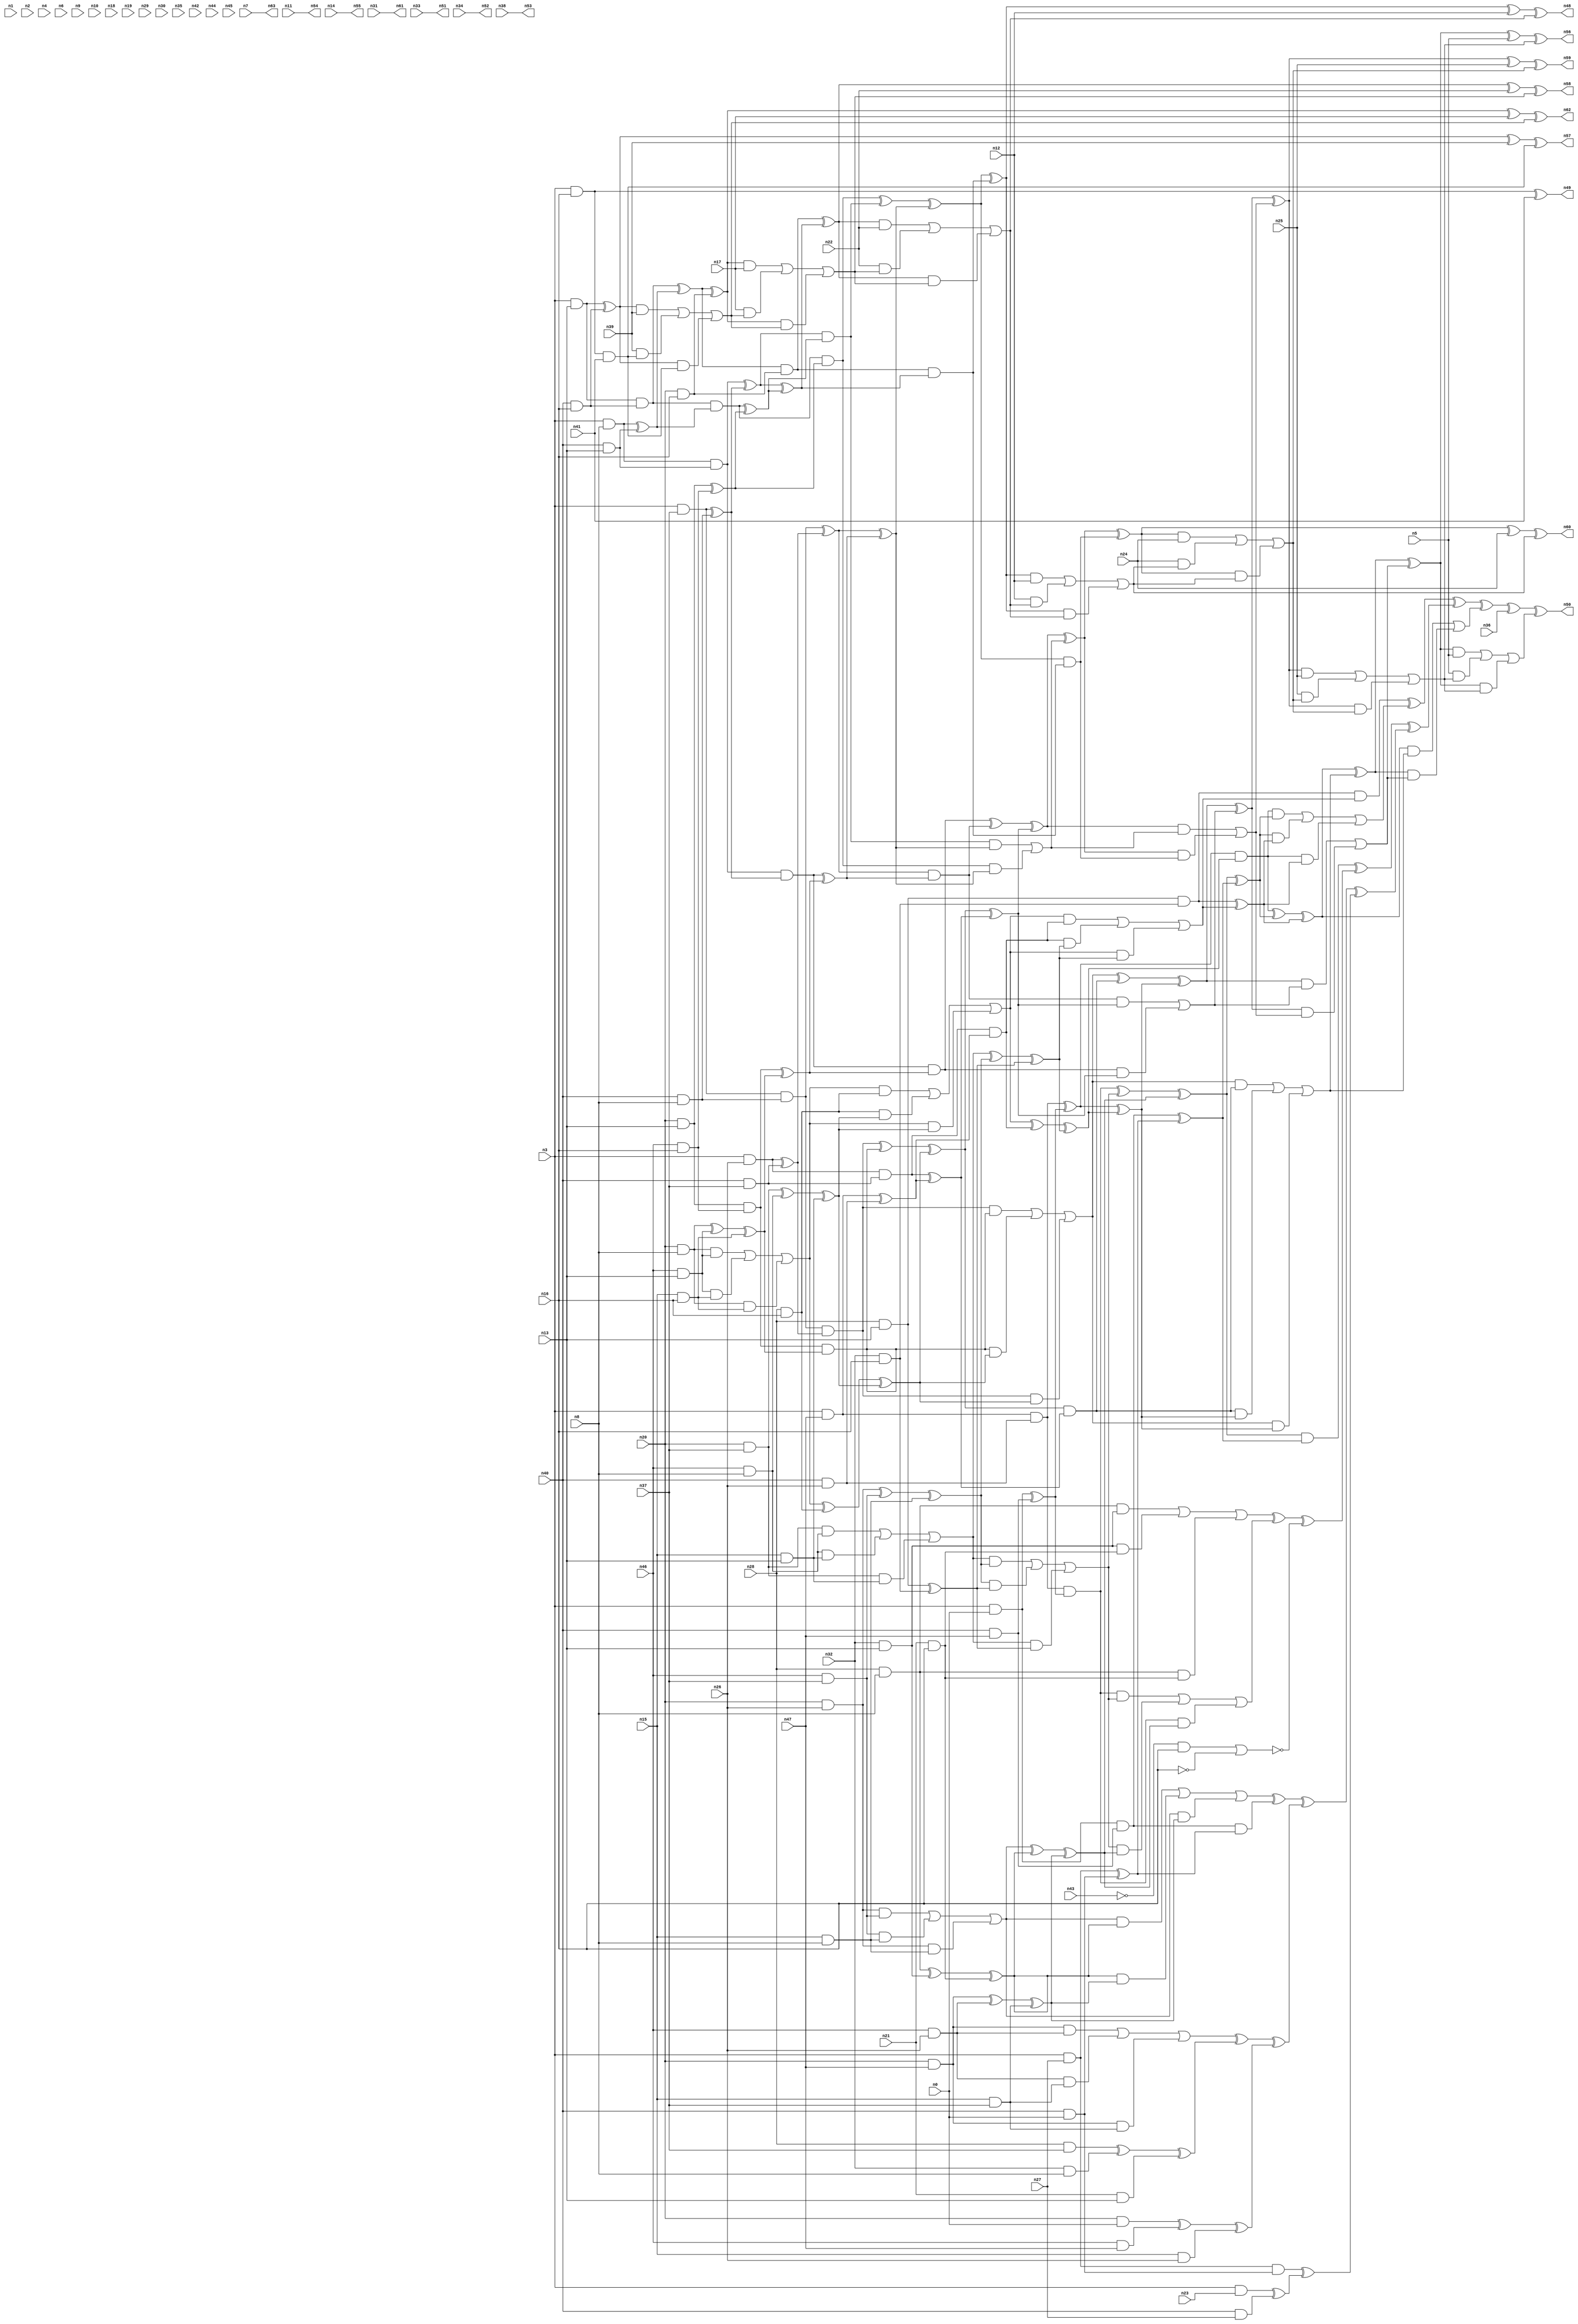
//
// Conformal-LEC Version 16.10-d222 ( 09-Sep-2016 ) ( 64 bit executable )
//
module test ( n0 , n1 , n2 , n3 , n4 , n5 , n6 , n7 , n8 , n9 , n10 , n11 , n12 , n13 , n14 , n15 , n16 , n17 , n18 , n19 , n20 , n21 , n22 , n23 , n24 , n25 , n26 , n27 , n28 , n29 , n30 , n31 , n32 , n33 , n34 , n35 , n36 , n37 , n38 , n39 , n40 , n41 , n42 , n43 , n44 , n45 , n46 , n47 , n48 , n49 , n50 , n51 , n52 , n53 , n54 , n55 , n56 , n57 , n58 , n59 , n60 , n61 , n62 , n63 );
input n0 , n1 , n2 , n3 , n4 , n5 , n6 , n7 , n8 , n9 , n10 , n11 , n12 , n13 , n14 , n15 , n16 , n17 , n18 , n19 , n20 , n21 , n22 , n23 , n24 , n25 , n26 , n27 , n28 , n29 , n30 , n31 , n32 , n33 , n34 , n35 , n36 , n37 , n38 , n39 , n40 , n41 , n42 , n43 , n44 , n45 , n46 , n47 ;
output n48 , n49 , n50 , n51 , n52 , n53 , n54 , n55 , n56 , n57 , n58 , n59 , n60 , n61 , n62 , n63 ;

wire n128 , n129 , n130 , n131 , n132 , n133 , n134 , n135 , n136 , 
     n137 , n138 , n139 , n140 , n141 , n142 , n143 , n144 , n145 , n146 , 
     n147 , n148 , n149 , n150 , n151 , n152 , n153 , n154 , n155 , n156 , 
     n157 , n158 , n159 , n160 , n161 , n162 , n163 , n164 , n165 , n166 , 
     n167 , n168 , n169 , n170 , n171 , n172 , n173 , n174 , n175 , n176 , 
     n177 , n178 , n179 , n180 , n181 , n182 , n183 , n184 , n185 , n186 , 
     n187 , n188 , n189 , n190 , n191 , n192 , n193 , n194 , n195 , n196 , 
     n197 , n198 , n199 , n200 , n201 , n202 , n203 , n204 , n205 , n206 , 
     n207 , n208 , n209 , n210 , n211 , n212 , n213 , n214 , n215 , n216 , 
     n217 , n218 , n219 , n220 , n221 , n222 , n223 , n224 , n225 , n226 , 
     n227 , n228 , n229 , n230 , n231 , n232 , n233 , n234 , n235 , n236 , 
     n237 , n238 , n239 , n240 , n241 , n242 , n243 , n244 , n245 , n246 , 
     n247 , n248 , n249 , n250 , n251 , n252 , n253 , n254 , n255 , n256 , 
     n257 , n258 , n259 , n260 , n261 , n262 , n263 , n264 , n265 , n266 , 
     n267 , n268 , n269 , n270 , n271 , n272 , n273 , n274 , n275 , n276 , 
     n277 , n278 , n279 , n280 , n281 , n282 , n283 , n284 , n285 , n286 , 
     n287 , n288 , n289 , n290 , n291 , n292 , n293 , n294 , n295 , n296 , 
     n297 , n298 , n299 , n300 , n301 , n302 , n303 , n304 , n305 , n306 , 
     n307 , n308 , n309 , n310 , n311 , n312 , n313 , n314 , n315 , n316 , 
     n317 , n318 , n319 , n320 , n321 , n322 , n323 , n324 , n325 , n326 , 
     n327 , n328 , n329 , n330 , n331 , n332 , n333 , n334 , n335 , n336 , 
     n337 , n338 , n339 , n340 , n341 , n342 , n343 , n344 , n345 , n346 , 
     n347 , n348 , n349 , n350 , n351 , n352 , n353 , n354 , n355 , n356 , 
     n357 , n358 , n359 , n360 , n361 , n362 , n363 , n364 , n365 , n366 , 
     n367 , n368 , n369 , n370 , n371 , n372 , n373 , n374 , n375 , n376 , 
     n377 , n378 , n379 , n380 , n381 , n382 , n383 , n384 , n385 , n386 , 
     n387 , n388 , n389 , n390 , n391 , n392 , n393 , n394 , n395 , n396 , 
     n397 , n398 , n399 , n400 , n401 , n402 , n403 , n404 , n405 , n406 , 
     n407 , n408 , n409 , n410 , n411 , n412 , n413 , n414 , n415 , n416 , 
     n417 , n418 , n419 , n420 , n421 , n422 , n423 , n424 , n425 , n426 , 
     n427 , n428 , n429 , n430 , n431 , n432 , n433 , n434 , n435 , n436 , 
     n437 , n438 , n439 , n440 , n441 , n442 , n443 , n444 , n445 , n446 , 
     n447 , n448 , n449 , n450 , n451 , n452 , n453 , n454 , n455 , n456 , 
     n457 , n458 , n459 , n460 , n461 , n462 , n463 , n464 , n465 , n466 , 
     n467 , n468 , n469 , n470 , n471 , n472 , n473 , n474 , n475 , n476 , 
     n477 , n478 , n479 , n480 , n481 , n482 , n483 , n484 , n485 , n486 , 
     n487 , n488 , n489 , n490 , n491 , n492 , n493 , n494 , n495 , n496 , 
     n497 , n498 , n499 , n500 , n501 , n502 , n503 , n504 , n505 , n506 , 
     n507 , n508 , n509 , n510 , n511 , n512 , n513 , n514 , n515 , n516 , 
     n517 , n518 , n519 , n520 , n521 , n522 , n523 , n524 , n525 , n526 , 
     n527 , n528 , n529 , n530 , n531 , n532 , n533 , n534 , n535 , n536 , 
     n537 , n538 , n539 , n540 , n541 , n542 , n543 , n544 , n545 , n546 , 
     n547 , n548 , n549 , n550 , n551 , n552 , n553 , n554 , n555 , n556 , 
     n557 , n558 , n559 , n560 , n561 , n562 , n563 ;
buf ( n50 , n525 );
buf ( n56 , n529 );
buf ( n59 , n533 );
buf ( n60 , n537 );
buf ( n48 , n541 );
buf ( n58 , n545 );
buf ( n62 , n549 );
buf ( n57 , n553 );
buf ( n49 , n556 );
buf ( n53 , n557 );
buf ( n63 , n558 );
buf ( n55 , n559 );
buf ( n52 , n560 );
buf ( n54 , n561 );
buf ( n51 , n562 );
buf ( n61 , n563 );
buf ( n132 , n43 );
buf ( n133 , n21 );
buf ( n134 , n32 );
buf ( n135 , n28 );
buf ( n136 , n15 );
buf ( n137 , n46 );
buf ( n138 , n20 );
buf ( n139 , n40 );
buf ( n140 , n3 );
buf ( n141 , n23 );
buf ( n142 , n27 );
buf ( n143 , n0 );
buf ( n144 , n47 );
buf ( n145 , n26 );
buf ( n146 , n37 );
buf ( n147 , n8 );
buf ( n148 , n13 );
buf ( n149 , n16 );
buf ( n150 , n36 );
buf ( n151 , n5 );
buf ( n152 , n25 );
buf ( n153 , n24 );
buf ( n154 , n12 );
buf ( n155 , n22 );
buf ( n156 , n17 );
buf ( n157 , n39 );
buf ( n158 , n41 );
buf ( n159 , n38 );
buf ( n160 , n7 );
buf ( n161 , n14 );
buf ( n162 , n34 );
buf ( n163 , n11 );
buf ( n164 , n33 );
buf ( n165 , n31 );
buf ( n166 , n135 );
buf ( n167 , n148 );
and ( n168 , n166 , n167 );
buf ( n169 , n134 );
buf ( n170 , n149 );
and ( n171 , n169 , n170 );
and ( n172 , n168 , n171 );
buf ( n173 , n138 );
buf ( n174 , n147 );
and ( n175 , n173 , n174 );
buf ( n176 , n137 );
and ( n177 , n176 , n167 );
and ( n178 , n175 , n177 );
buf ( n179 , n136 );
and ( n180 , n179 , n170 );
and ( n181 , n177 , n180 );
and ( n182 , n175 , n180 );
or ( n183 , n178 , n181 , n182 );
and ( n184 , n166 , n170 );
and ( n185 , n183 , n184 );
buf ( n186 , n146 );
and ( n187 , n173 , n186 );
and ( n188 , n176 , n174 );
xor ( n189 , n187 , n188 );
and ( n190 , n179 , n167 );
xor ( n191 , n189 , n190 );
and ( n192 , n184 , n191 );
and ( n193 , n183 , n191 );
or ( n194 , n185 , n192 , n193 );
buf ( n195 , n140 );
buf ( n196 , n145 );
and ( n197 , n195 , n196 );
buf ( n198 , n139 );
and ( n199 , n198 , n186 );
and ( n200 , n197 , n199 );
buf ( n201 , n200 );
buf ( n202 , n144 );
and ( n203 , n195 , n202 );
buf ( n204 , n203 );
and ( n205 , n198 , n196 );
xor ( n206 , n204 , n205 );
and ( n207 , n201 , n206 );
buf ( n208 , n207 );
and ( n209 , n194 , n208 );
and ( n210 , n187 , n188 );
and ( n211 , n188 , n190 );
and ( n212 , n187 , n190 );
or ( n213 , n210 , n211 , n212 );
and ( n214 , n173 , n196 );
and ( n215 , n176 , n186 );
xor ( n216 , n214 , n215 );
and ( n217 , n179 , n174 );
xor ( n218 , n216 , n217 );
xor ( n219 , n213 , n218 );
xor ( n220 , n168 , n171 );
xor ( n221 , n219 , n220 );
and ( n222 , n208 , n221 );
and ( n223 , n194 , n221 );
or ( n224 , n209 , n222 , n223 );
and ( n225 , n172 , n224 );
and ( n226 , n203 , n205 );
buf ( n227 , n226 );
buf ( n228 , n227 );
buf ( n229 , n143 );
and ( n230 , n195 , n229 );
buf ( n231 , n230 );
and ( n232 , n198 , n202 );
xor ( n233 , n231 , n232 );
xor ( n234 , n228 , n233 );
buf ( n235 , n234 );
buf ( n236 , n235 );
xor ( n237 , n194 , n208 );
xor ( n238 , n237 , n221 );
and ( n239 , n236 , n238 );
buf ( n240 , n239 );
and ( n241 , n227 , n233 );
buf ( n242 , n241 );
and ( n243 , n213 , n218 );
and ( n244 , n218 , n220 );
and ( n245 , n213 , n220 );
or ( n246 , n243 , n244 , n245 );
xor ( n247 , n242 , n246 );
and ( n248 , n214 , n215 );
and ( n249 , n215 , n217 );
and ( n250 , n214 , n217 );
or ( n251 , n248 , n249 , n250 );
and ( n252 , n166 , n174 );
and ( n253 , n169 , n167 );
xor ( n254 , n252 , n253 );
buf ( n255 , n133 );
and ( n256 , n255 , n170 );
xor ( n257 , n254 , n256 );
xor ( n258 , n251 , n257 );
and ( n259 , n173 , n202 );
and ( n260 , n176 , n196 );
xor ( n261 , n259 , n260 );
and ( n262 , n179 , n186 );
xor ( n263 , n261 , n262 );
xor ( n264 , n258 , n263 );
xor ( n265 , n247 , n264 );
buf ( n266 , n265 );
and ( n267 , n230 , n232 );
buf ( n268 , n267 );
buf ( n269 , n268 );
buf ( n270 , n142 );
and ( n271 , n195 , n270 );
buf ( n272 , n271 );
and ( n273 , n198 , n229 );
xor ( n274 , n272 , n273 );
xor ( n275 , n269 , n274 );
buf ( n276 , n275 );
buf ( n277 , n276 );
xor ( n278 , n266 , n277 );
and ( n279 , n240 , n278 );
xor ( n280 , n172 , n224 );
and ( n281 , n278 , n280 );
and ( n282 , n240 , n280 );
or ( n283 , n279 , n281 , n282 );
xor ( n284 , n225 , n283 );
and ( n285 , n265 , n277 );
buf ( n286 , n285 );
and ( n287 , n252 , n253 );
and ( n288 , n253 , n256 );
and ( n289 , n252 , n256 );
or ( n290 , n287 , n288 , n289 );
and ( n291 , n242 , n246 );
and ( n292 , n246 , n264 );
and ( n293 , n242 , n264 );
or ( n294 , n291 , n292 , n293 );
xor ( n295 , n290 , n294 );
buf ( n296 , n132 );
not ( n297 , n296 );
and ( n298 , n297 , n170 );
not ( n299 , n170 );
nor ( n300 , n298 , n299 );
xor ( n301 , n295 , n300 );
xor ( n302 , n286 , n301 );
and ( n303 , n251 , n257 );
and ( n304 , n257 , n263 );
and ( n305 , n251 , n263 );
or ( n306 , n303 , n304 , n305 );
and ( n307 , n268 , n274 );
buf ( n308 , n307 );
xor ( n309 , n306 , n308 );
and ( n310 , n259 , n260 );
and ( n311 , n260 , n262 );
and ( n312 , n259 , n262 );
or ( n313 , n310 , n311 , n312 );
and ( n314 , n166 , n186 );
and ( n315 , n169 , n174 );
xor ( n316 , n314 , n315 );
and ( n317 , n255 , n167 );
xor ( n318 , n316 , n317 );
xor ( n319 , n313 , n318 );
and ( n320 , n173 , n229 );
and ( n321 , n176 , n202 );
xor ( n322 , n320 , n321 );
and ( n323 , n179 , n196 );
xor ( n324 , n322 , n323 );
xor ( n325 , n319 , n324 );
xor ( n326 , n309 , n325 );
buf ( n327 , n326 );
and ( n328 , n271 , n273 );
buf ( n329 , n328 );
buf ( n330 , n329 );
buf ( n331 , n141 );
and ( n332 , n195 , n331 );
buf ( n333 , n332 );
and ( n334 , n198 , n270 );
xor ( n335 , n333 , n334 );
xor ( n336 , n330 , n335 );
buf ( n337 , n336 );
buf ( n338 , n337 );
xor ( n339 , n327 , n338 );
xor ( n340 , n302 , n339 );
xor ( n341 , n284 , n340 );
xor ( n342 , n240 , n278 );
xor ( n343 , n342 , n280 );
and ( n344 , n195 , n186 );
and ( n345 , n198 , n174 );
and ( n346 , n344 , n345 );
buf ( n347 , n346 );
buf ( n348 , n197 );
xor ( n349 , n348 , n199 );
and ( n350 , n347 , n349 );
buf ( n351 , n350 );
and ( n352 , n173 , n167 );
and ( n353 , n176 , n170 );
and ( n354 , n352 , n353 );
xor ( n355 , n175 , n177 );
xor ( n356 , n355 , n180 );
and ( n357 , n354 , n356 );
and ( n358 , n351 , n357 );
xor ( n359 , n183 , n184 );
xor ( n360 , n359 , n191 );
and ( n361 , n357 , n360 );
and ( n362 , n351 , n360 );
or ( n363 , n358 , n361 , n362 );
xor ( n364 , n351 , n357 );
xor ( n365 , n364 , n360 );
buf ( n366 , n201 );
xor ( n367 , n366 , n206 );
buf ( n368 , n367 );
buf ( n369 , n368 );
and ( n370 , n365 , n369 );
buf ( n371 , n370 );
and ( n372 , n363 , n371 );
buf ( n373 , n236 );
xor ( n374 , n373 , n238 );
and ( n375 , n371 , n374 );
and ( n376 , n363 , n374 );
or ( n377 , n372 , n375 , n376 );
and ( n378 , n343 , n377 );
xor ( n379 , n343 , n377 );
xor ( n380 , n363 , n371 );
xor ( n381 , n380 , n374 );
buf ( n382 , n347 );
xor ( n383 , n382 , n349 );
buf ( n384 , n383 );
buf ( n385 , n384 );
and ( n386 , n195 , n174 );
and ( n387 , n198 , n167 );
and ( n388 , n386 , n387 );
buf ( n389 , n388 );
buf ( n390 , n344 );
xor ( n391 , n390 , n345 );
and ( n392 , n389 , n391 );
buf ( n393 , n392 );
xor ( n394 , n354 , n356 );
xor ( n395 , n393 , n394 );
and ( n396 , n385 , n395 );
buf ( n397 , n396 );
buf ( n398 , n365 );
xor ( n399 , n398 , n369 );
and ( n400 , n397 , n399 );
and ( n401 , n393 , n394 );
and ( n402 , n401 , n399 );
or ( n403 , 1'b0 , n400 , n402 );
and ( n404 , n381 , n403 );
xor ( n405 , n381 , n403 );
xor ( n406 , n401 , n397 );
xor ( n407 , n406 , n399 );
buf ( n408 , n389 );
xor ( n409 , n408 , n391 );
buf ( n410 , n409 );
and ( n411 , n195 , n167 );
and ( n412 , n198 , n170 );
and ( n413 , n411 , n412 );
buf ( n414 , n413 );
buf ( n415 , n386 );
xor ( n416 , n415 , n387 );
and ( n417 , n414 , n416 );
buf ( n418 , n417 );
xor ( n419 , n352 , n353 );
xor ( n420 , n418 , n419 );
and ( n421 , n410 , n420 );
buf ( n422 , n421 );
buf ( n423 , n385 );
xor ( n424 , n423 , n395 );
and ( n425 , n422 , n424 );
and ( n426 , n418 , n419 );
and ( n427 , n426 , n424 );
or ( n428 , 1'b0 , n425 , n427 );
and ( n429 , n407 , n428 );
xor ( n430 , n407 , n428 );
xor ( n431 , n426 , n422 );
xor ( n432 , n431 , n424 );
buf ( n433 , n414 );
xor ( n434 , n433 , n416 );
buf ( n435 , n434 );
buf ( n436 , n435 );
and ( n437 , n173 , n170 );
buf ( n438 , n437 );
and ( n439 , n436 , n438 );
buf ( n440 , n439 );
buf ( n441 , n410 );
xor ( n442 , n441 , n420 );
and ( n443 , n440 , n442 );
buf ( n444 , n443 );
and ( n445 , n432 , n444 );
buf ( n446 , n445 );
and ( n447 , n430 , n446 );
or ( n448 , n429 , n447 );
and ( n449 , n405 , n448 );
or ( n450 , n404 , n449 );
and ( n451 , n379 , n450 );
or ( n452 , n378 , n451 );
xor ( n453 , n341 , n452 );
buf ( n454 , n453 );
buf ( n455 , n454 );
buf ( n456 , n150 );
xor ( n457 , n455 , n456 );
xor ( n458 , n379 , n450 );
buf ( n459 , n458 );
buf ( n460 , n459 );
buf ( n461 , n151 );
and ( n462 , n460 , n461 );
xor ( n463 , n405 , n448 );
buf ( n464 , n463 );
buf ( n465 , n464 );
buf ( n466 , n152 );
and ( n467 , n465 , n466 );
xor ( n468 , n430 , n446 );
buf ( n469 , n468 );
buf ( n470 , n469 );
buf ( n471 , n153 );
and ( n472 , n470 , n471 );
xor ( n473 , n432 , n444 );
buf ( n474 , n473 );
buf ( n475 , n474 );
buf ( n476 , n154 );
and ( n477 , n475 , n476 );
buf ( n478 , n440 );
xor ( n479 , n478 , n442 );
buf ( n480 , n479 );
buf ( n481 , n480 );
buf ( n482 , n155 );
and ( n483 , n481 , n482 );
buf ( n484 , n436 );
xor ( n485 , n484 , n438 );
buf ( n486 , n485 );
buf ( n487 , n486 );
buf ( n488 , n156 );
and ( n489 , n487 , n488 );
buf ( n490 , n411 );
xor ( n491 , n490 , n412 );
buf ( n492 , n491 );
buf ( n493 , n492 );
buf ( n494 , n157 );
and ( n495 , n493 , n494 );
and ( n496 , n195 , n170 );
buf ( n497 , n496 );
buf ( n498 , n497 );
buf ( n499 , n158 );
and ( n500 , n498 , n499 );
buf ( n501 , n500 );
and ( n502 , n494 , n501 );
and ( n503 , n493 , n501 );
or ( n504 , n495 , n502 , n503 );
and ( n505 , n488 , n504 );
and ( n506 , n487 , n504 );
or ( n507 , n489 , n505 , n506 );
and ( n508 , n482 , n507 );
and ( n509 , n481 , n507 );
or ( n510 , n483 , n508 , n509 );
and ( n511 , n476 , n510 );
and ( n512 , n475 , n510 );
or ( n513 , n477 , n511 , n512 );
and ( n514 , n471 , n513 );
and ( n515 , n470 , n513 );
or ( n516 , n472 , n514 , n515 );
and ( n517 , n466 , n516 );
and ( n518 , n465 , n516 );
or ( n519 , n467 , n517 , n518 );
and ( n520 , n461 , n519 );
and ( n521 , n460 , n519 );
or ( n522 , n462 , n520 , n521 );
xor ( n523 , n457 , n522 );
buf ( n524 , n523 );
buf ( n525 , n524 );
xor ( n526 , n460 , n461 );
xor ( n527 , n526 , n519 );
buf ( n528 , n527 );
buf ( n529 , n528 );
xor ( n530 , n465 , n466 );
xor ( n531 , n530 , n516 );
buf ( n532 , n531 );
buf ( n533 , n532 );
xor ( n534 , n470 , n471 );
xor ( n535 , n534 , n513 );
buf ( n536 , n535 );
buf ( n537 , n536 );
xor ( n538 , n475 , n476 );
xor ( n539 , n538 , n510 );
buf ( n540 , n539 );
buf ( n541 , n540 );
xor ( n542 , n481 , n482 );
xor ( n543 , n542 , n507 );
buf ( n544 , n543 );
buf ( n545 , n544 );
xor ( n546 , n487 , n488 );
xor ( n547 , n546 , n504 );
buf ( n548 , n547 );
buf ( n549 , n548 );
xor ( n550 , n493 , n494 );
xor ( n551 , n550 , n501 );
buf ( n552 , n551 );
buf ( n553 , n552 );
xor ( n554 , n498 , n499 );
buf ( n555 , n554 );
buf ( n556 , n555 );
buf ( n557 , n159 );
buf ( n558 , n160 );
buf ( n559 , n161 );
buf ( n560 , n162 );
buf ( n561 , n163 );
buf ( n562 , n164 );
buf ( n563 , n165 );
endmodule